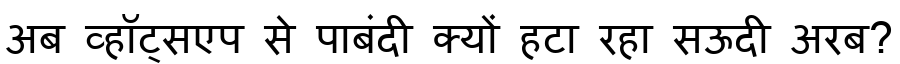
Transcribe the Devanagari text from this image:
अब व्हॉट्सएप से पाबंदी क्यों हटा रहा सऊदी अरब?